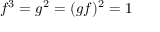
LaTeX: f ^ { 3 } = g ^ { 2 } = ( g f ) ^ { 2 } = 1